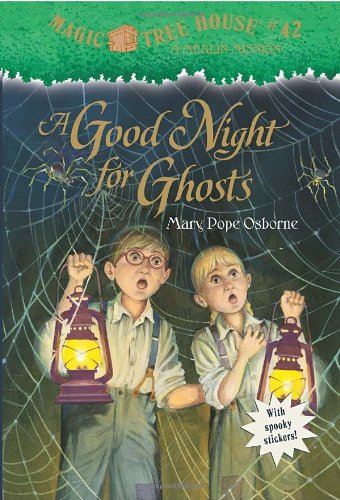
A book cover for A Good Night for Ghosts; Mary Pope Osborne; Children's Books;